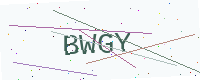
Text: BWGY